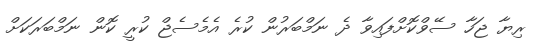
ރިޔާ ޖަހާ ސޭވްކޮށްފައިވާ ދެ ނަމްބަރުން ކުރެ އެމެސެޖް ކުރީ ކޮން ނަމްބަރަކަށް